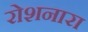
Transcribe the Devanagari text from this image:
रोशनारा